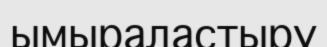
ымыраластыру